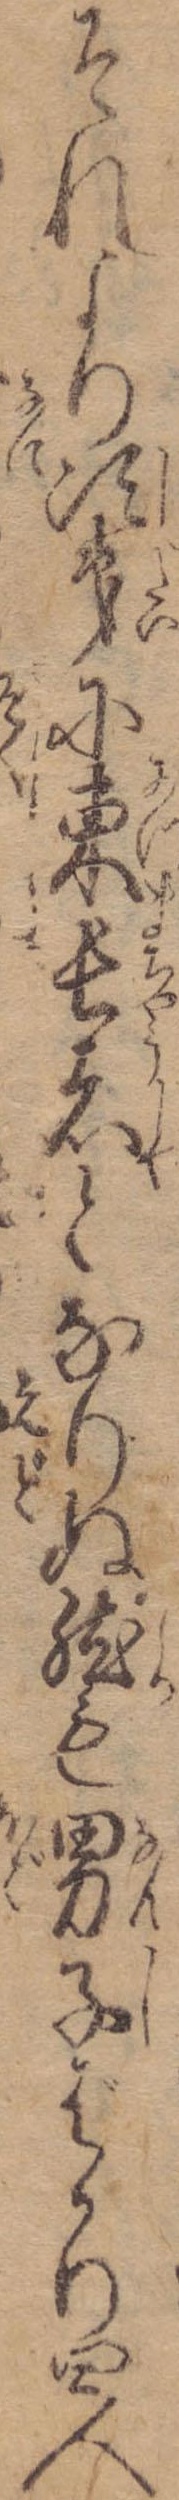
それより次第に東長者となりぬ然も男子ばかり四人